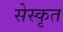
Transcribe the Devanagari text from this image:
सेस्कृत